Annual report on the Civil Veterinary Department, Burma (including the Insein Veterinary School) - 1923-1931
Year: 1923
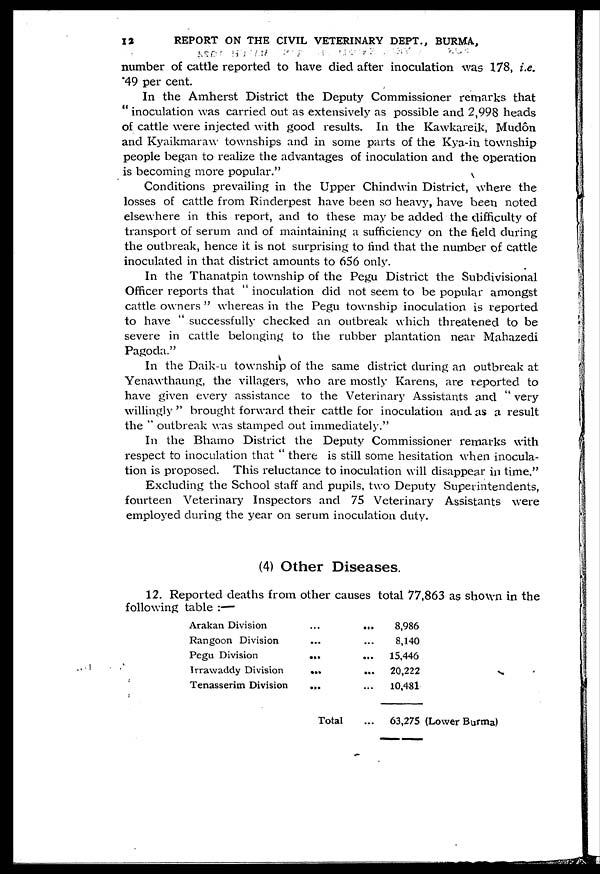
12
REPORT ON THE CIVIL VETERINARY DEPT., BURMA,
number of cattle reported to have died after inoculation was 178, i.e.
49 per cent.
In the Amherst District the Deputy Commissioner remarks that
" inoculation was carried out as extensively as possible and 2,998 heads
of cattle were injected with good results. In the Kawkareik, Mudôn
and Kyaikmaraw townships and in some parts of the Kya-in township
people began to realize the advantages of inoculation and the operation
is becoming more popular."
Conditions prevailing in the Upper Chindwin District, where the
losses of cattle from Rinderpest have been so heavy, have been noted
elsewhere in this report, and to these may be added the difficulty of
transport of serum and of maintaining a sufficiency on the field during
the outbreak, hence it is not surprising to find that the number of cattle
inoculated in that district amounts to 656 only.
In the Thanatpin township of the Pegu District the Subdivisional
Officer reports that " inoculation did not seem to be popular amongst
cattle owners " whereas in the Pegu township inoculation is reported
to have " successfully checked an outbreak which threatened to be
severe in cattle belonging to the rubber plantation near Mahazedi
Pagoda."
In the Daik-u township of the same district during an outbreak at
Yenawthaung, the villagers, who are mostly Karens, are reported to
have given every assistance to the Veterinary Assistants and " very
willingly " brought forward their cattle for inoculation and as a result
the " outbreak was stamped out immediately."
In the Bhamo District the Deputy Commissioner remarks with
respect to inoculation that " there is still some hesitation when inocula-
tion is proposed. This reluctance to inoculation will disappear in time."
Excluding the School staff and pupils, two Deputy Superintendents,
fourteen Veterinary Inspectors and 75 Veterinary Assistants were
employed during the year on serum inoculation duty.
(4) Other Diseases.
12. Reported deaths from other causes total 77,863 as shown in the
following table :—
Arakan Division
Rangoon Division
Pegu Division
Irrawaddy Division
Tenasserim Division
... ...
... ...
... ...
...
...
... ...
Total ...
8,986
8,140
15,446
20,222
10,481
63,275 (Lower Burma)